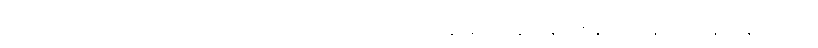
ကိုယ်တော်ရောင်တိ၊ မိုးခေါင်ပထွတ်၊ ရဲးမှူးတက်သည်၊ မွန်းချက်နေဟန်၊ တန်းခိုးထန်သား၊ နိဗ္ဗာန်ပေးပိုင်၊